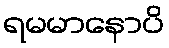
ရမမာနောပိ